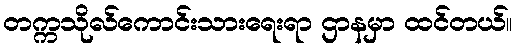
တက္ကသိုလ်ကောင်းသားရေးရာ ဌာနမှာ ထင်တယ်။